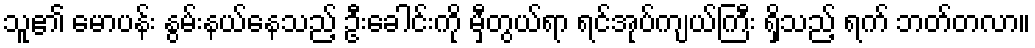
သူ၏ မောပန်း နွမ်းနယ်နေသည့် ဦးခေါင်းကို မှီတွယ်ရာ ရင်အုပ်ကျယ်ကြီး ရှိသည့် ရက် ဘတ်တလာ။